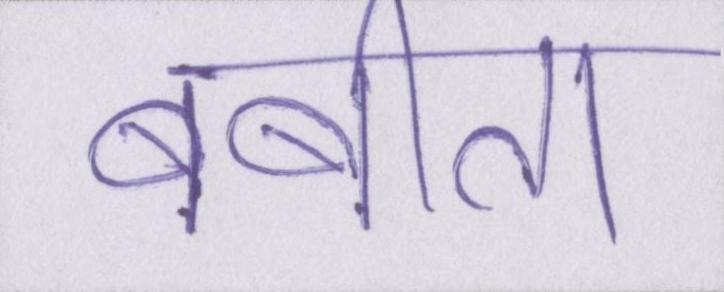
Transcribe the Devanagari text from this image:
बबीता